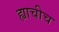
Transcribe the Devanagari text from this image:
ह्याचीच